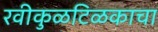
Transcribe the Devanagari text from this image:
रवीकुळटिळकाचा